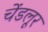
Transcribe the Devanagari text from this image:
चेंडलूर